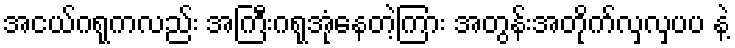
အငယ်ဂရုကလည်း အကြီးဂရုအုံနေတဲ့ကြား အတွန်းအတိုက်လှလှပပ နဲ့